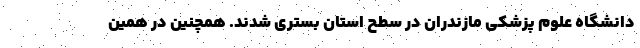
دانشگاه علوم پزشکی مازندران در سطح استان بستری شدند. همچنین در همین